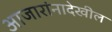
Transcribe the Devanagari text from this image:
आजारांनादेखील